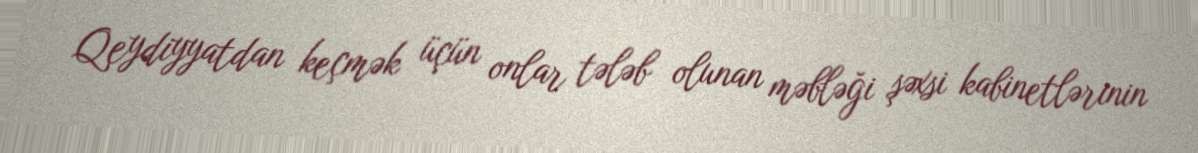
Qeydiyyatdan keçmək üçün onlar tələb olunan məbləği şəxsi kabinetlərinin